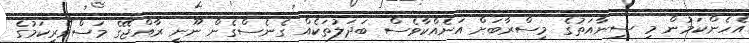
އެހެންކަމުން މި ސިނާއަތުގެ މިސްރާބަށް އަނެއްކާވެސް ބަދަލުތަކެއް ގެނެސްގެން ނޫނީ ރާއްޖޭގެ މަސްވެރިކަމުގެ